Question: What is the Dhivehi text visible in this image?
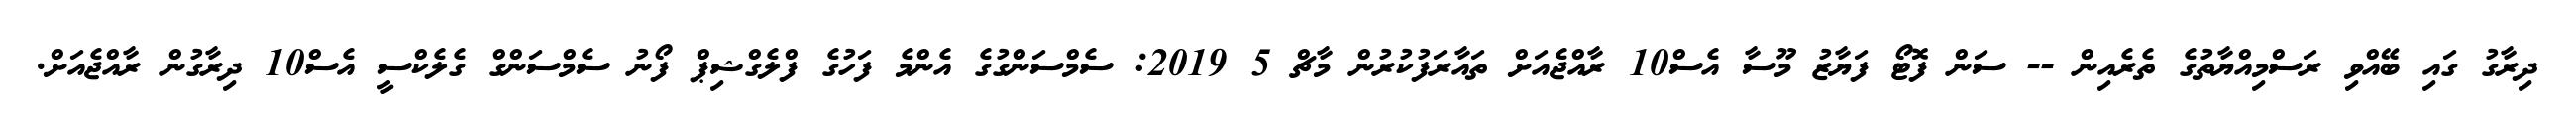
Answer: ދިރާގު ގައި ބޭއްވި ރަސްމިއްޔާތުގެ ތެރެއިން -- ސަން ފޮޓޯ ފަޔާޒު މޫސާ އެސް10 ރާއްޖެއަށް ތައާރަފުކުރުން މާޗް 5 2019: ސެމްސަންގުގެ އެންމެ ފަހުގެ ފްލެގްޝިޕް ފޯނު ސެމްސަންގް ގެލެކްސީ އެސް10 ދިރާގުން ރާއްޖެއަށް.